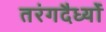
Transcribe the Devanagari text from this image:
तरंगदैर्ध्‍यों